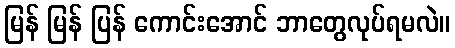
မြန် မြန် ပြန် ကောင်းအောင် ဘာတွေလုပ်ရမလဲ။